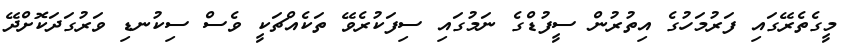
މީގެތެރޭގައި ފަރުމަހުގެ އިތުރުން ސީފުޑްގެ ނަމުގައި ސިފަކުރެވޭ ތަކެއްޗަކީ ވެސް ސިކުނޑި ވަރުގަދަކޮށްދޭ